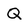
Character: Q